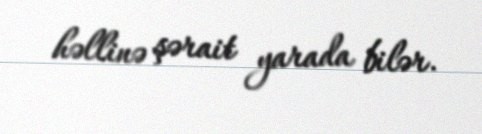
həllinə şərait yarada bilər.